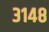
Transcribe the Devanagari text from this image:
३१४८